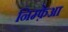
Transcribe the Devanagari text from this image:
निम्फ़ेआ